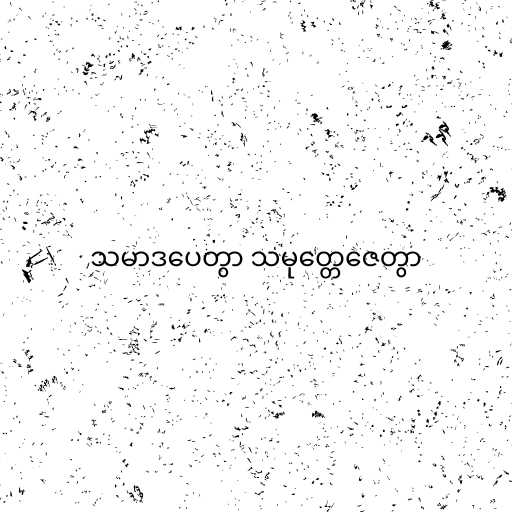
သမာဒပေတွာ သမုတ္တေဇေတွာ